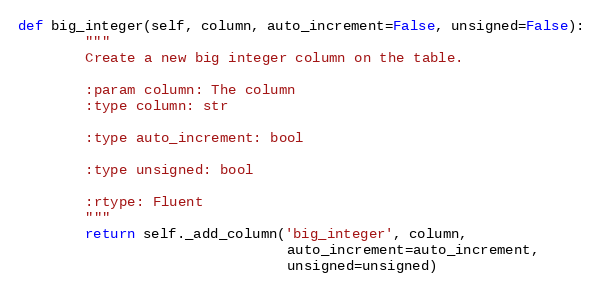
Language: Python
def big_integer(self, column, auto_increment=False, unsigned=False):
        """
        Create a new big integer column on the table.

        :param column: The column
        :type column: str

        :type auto_increment: bool

        :type unsigned: bool

        :rtype: Fluent
        """
        return self._add_column('big_integer', column,
                                auto_increment=auto_increment,
                                unsigned=unsigned)